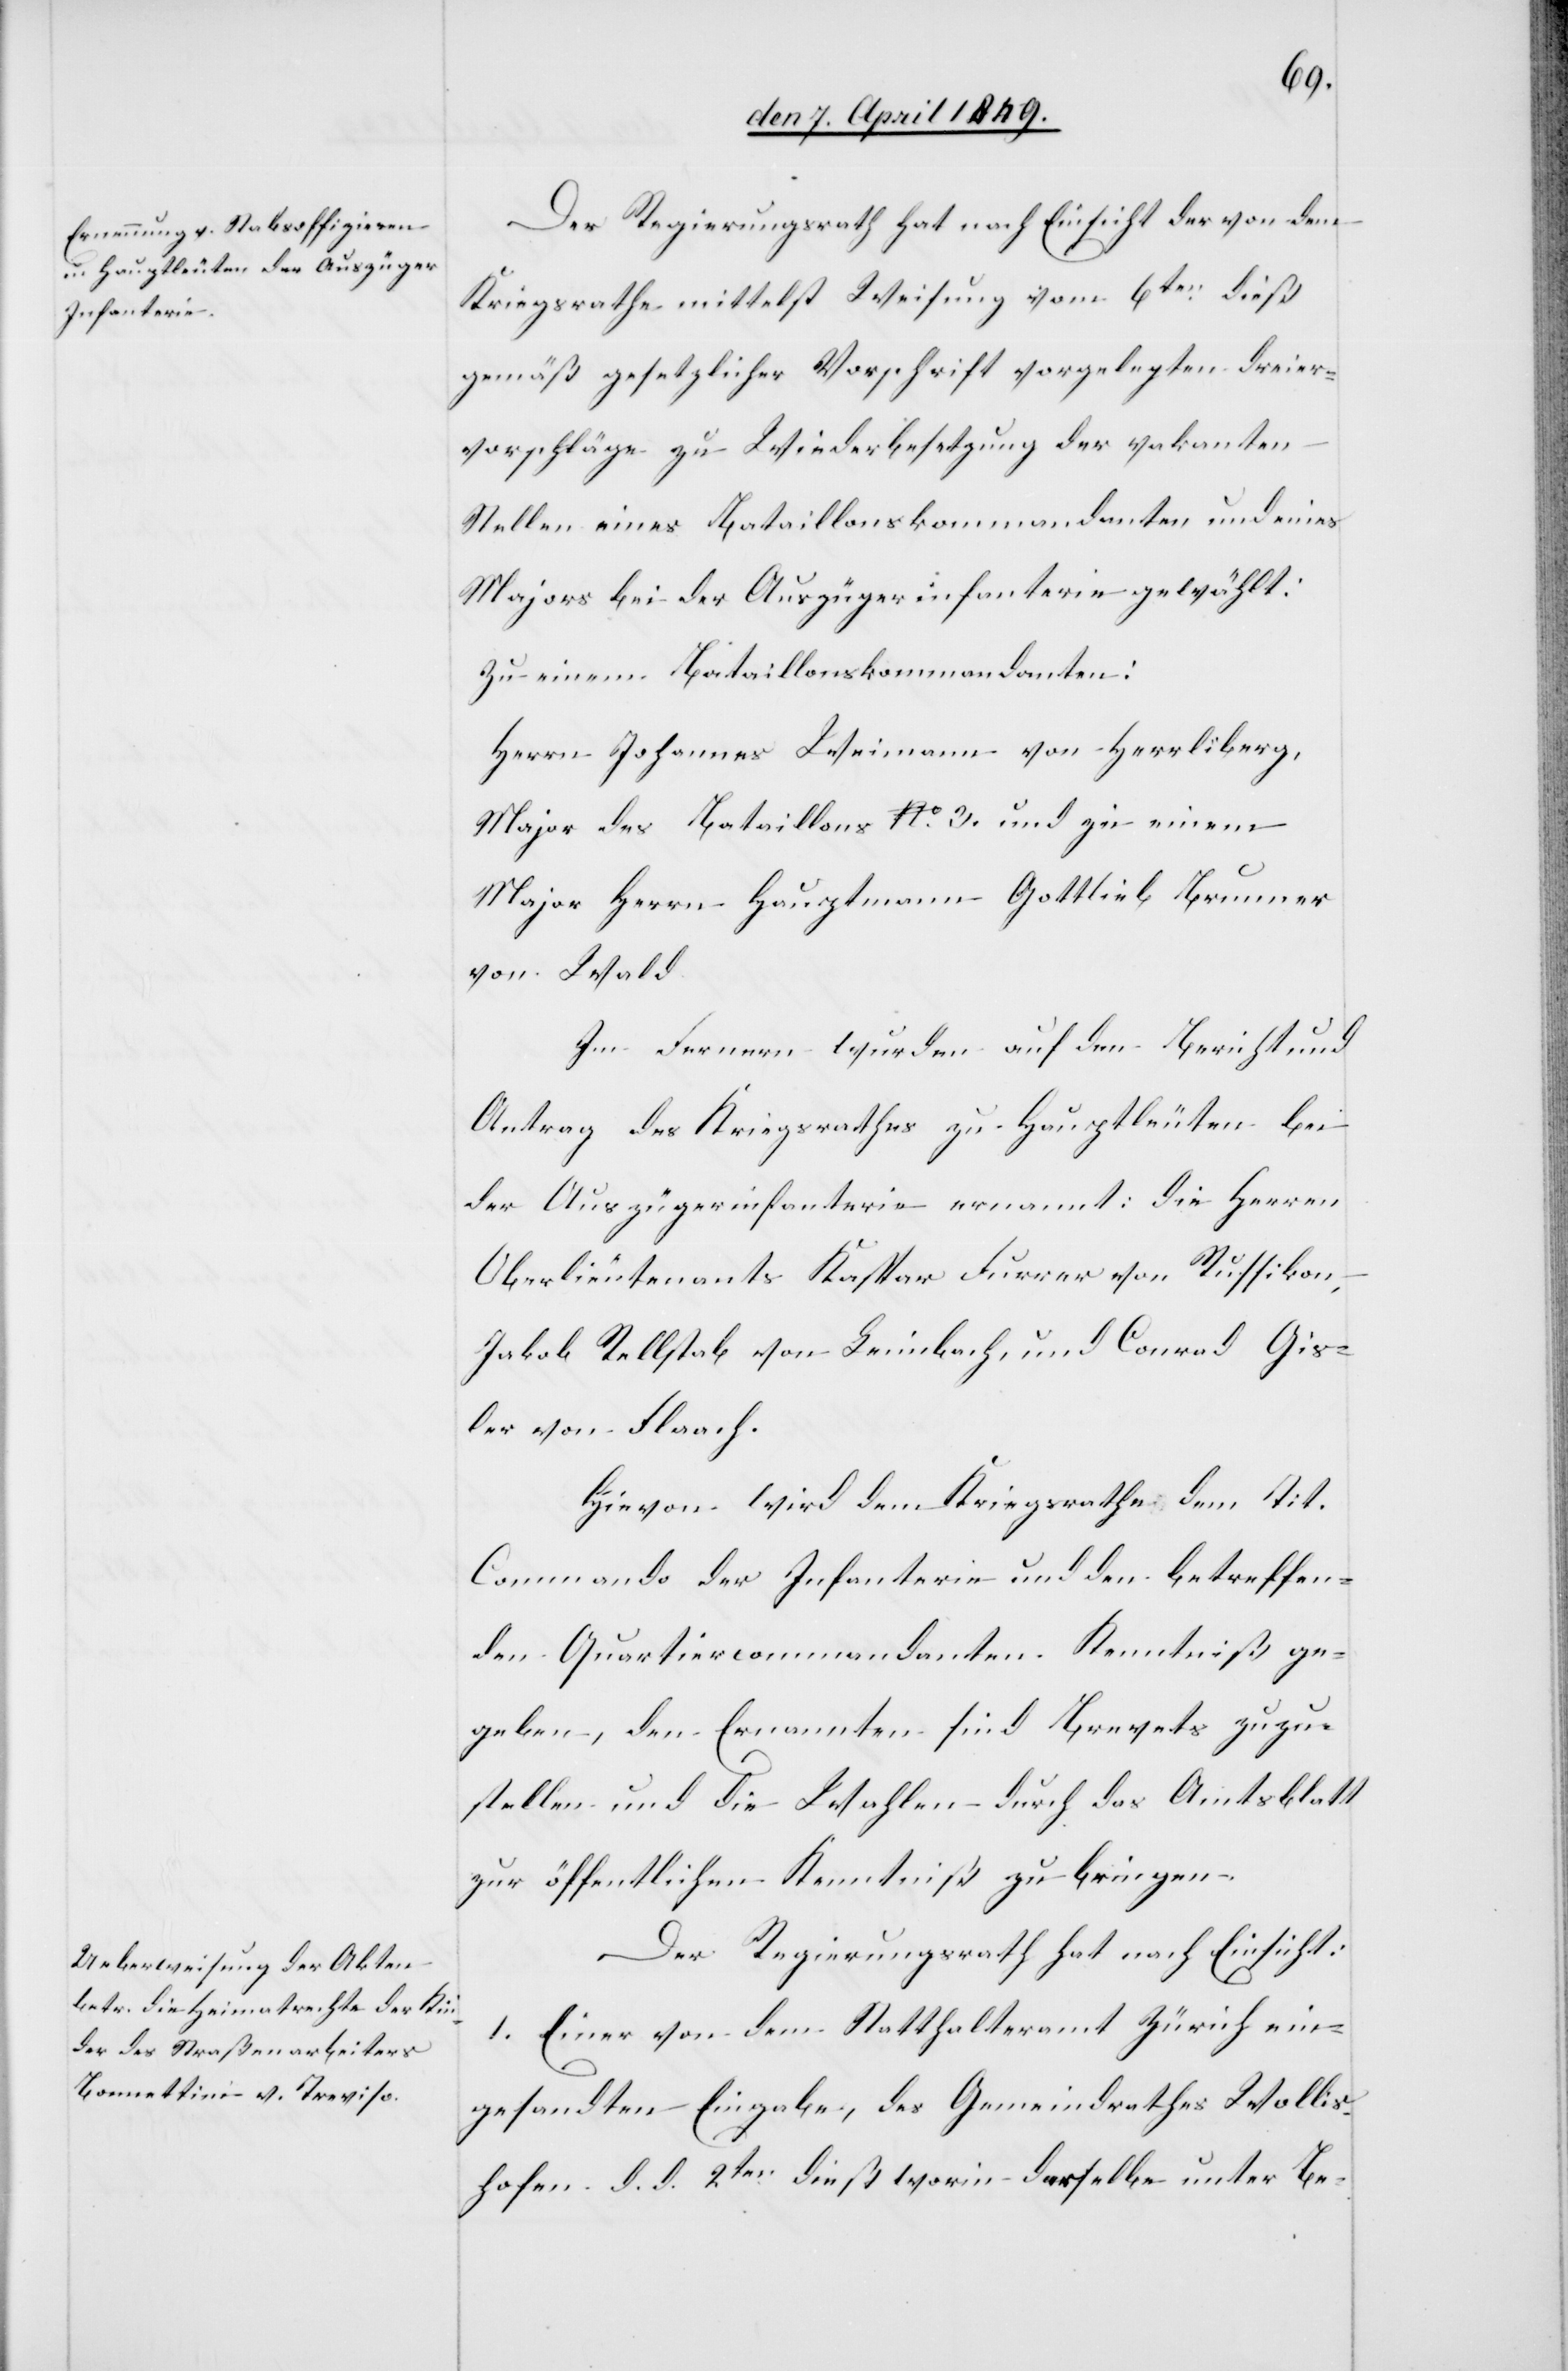
Der Regierungsrath hat nach Einsicht der von dem
Kriegsrathe mittelst Weisung vom 6ten dieß
gemäß gesetzlicher Vorschrift vorgelegten Dreier¬
vorschläge zu Wiederbesetzung der vakanten
Stellen eines Batailonskommandanten und eines
Majors bei der Auszügerinfanterie gewählt:
Zu einem Bataillonskommandanten:
Herrn Johannes Weimann von Herrliberg,
Major des Bataillons No 3. und zu einem
Major Herrn Hauptmann Gottlieb Brunner
von Wald
Im Fernern wurden auf den Bericht und
Antrag des Kriegsrathes zu Hauptleuten bei
der Auszügerinfanterie ernannt: die Herren
Oberlieutenants Kaspar Furrer von Russikon,
Jakob Rellstab von Leimbach, und Conrad Gis¬
ler von Flaach.
Hievon wird dem Kriegsrathe dem Tit.
Commando der Infanterie und den betreffen¬
den Quartiercommandanten Kenntniß ge¬
geben, den Ernannten sind Brevets zuzu¬
stellen und die Wahlen durch das Amtsblatt
zur öffentlichen Kenntniß zu bringen.
Der Regierungsrath hat nach Einsicht:
1. Einer von dem Statthalteramt Zürich ein¬
gesandten Eingabe, des Gemeindrathes Wollis¬
hofen d. d. 2ten dieß worin derselbe unter Be-